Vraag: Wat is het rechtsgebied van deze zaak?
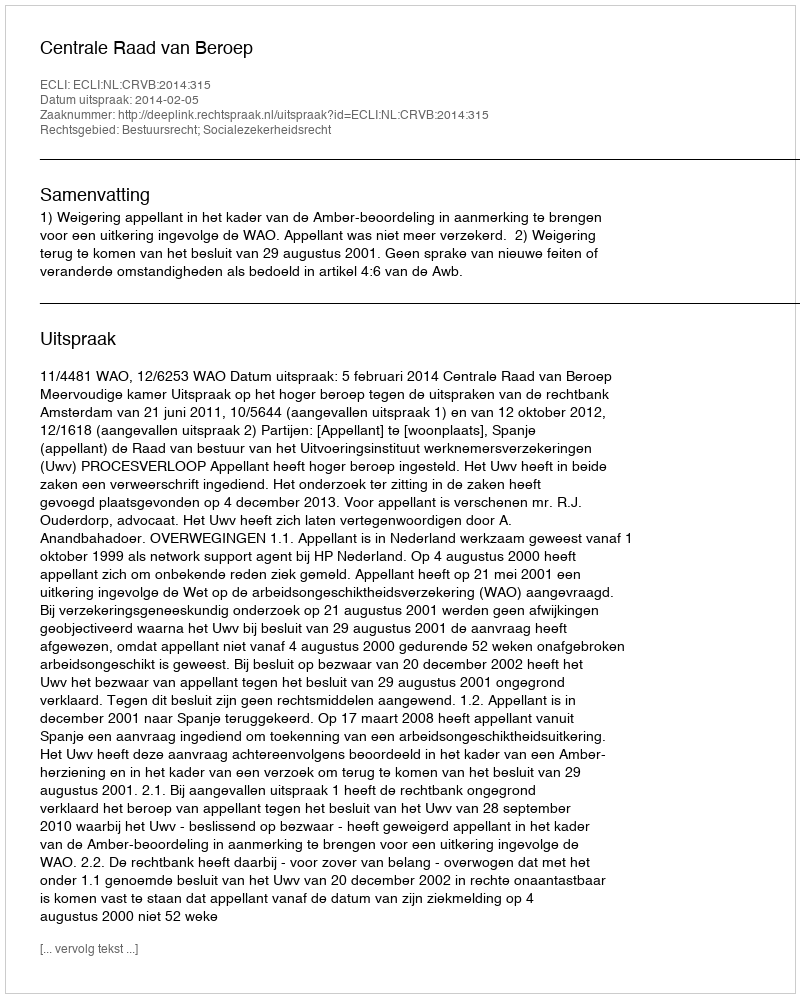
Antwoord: Bestuursrecht; Socialezekerheidsrecht